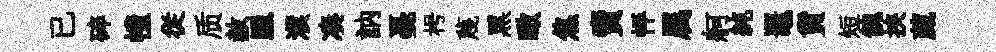
已碎幢従质赦臘濮凑訥戞枵蔑黑瞰焦賣怦属舸純鼉貨短餽挾葳